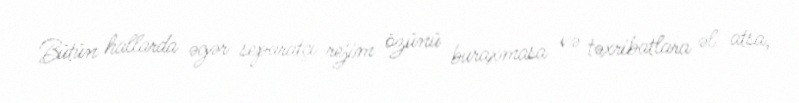
Bütün hallarda əgər separatçı rejim özünü buraxmasa və təxribatlara əl atsa,